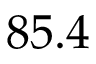
8 5 . 4